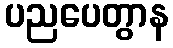
ပညပေတွာန